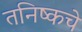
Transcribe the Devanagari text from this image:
तनिष्कचे